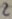
Text: 2